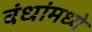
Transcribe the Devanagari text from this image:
बंधांमध्ये